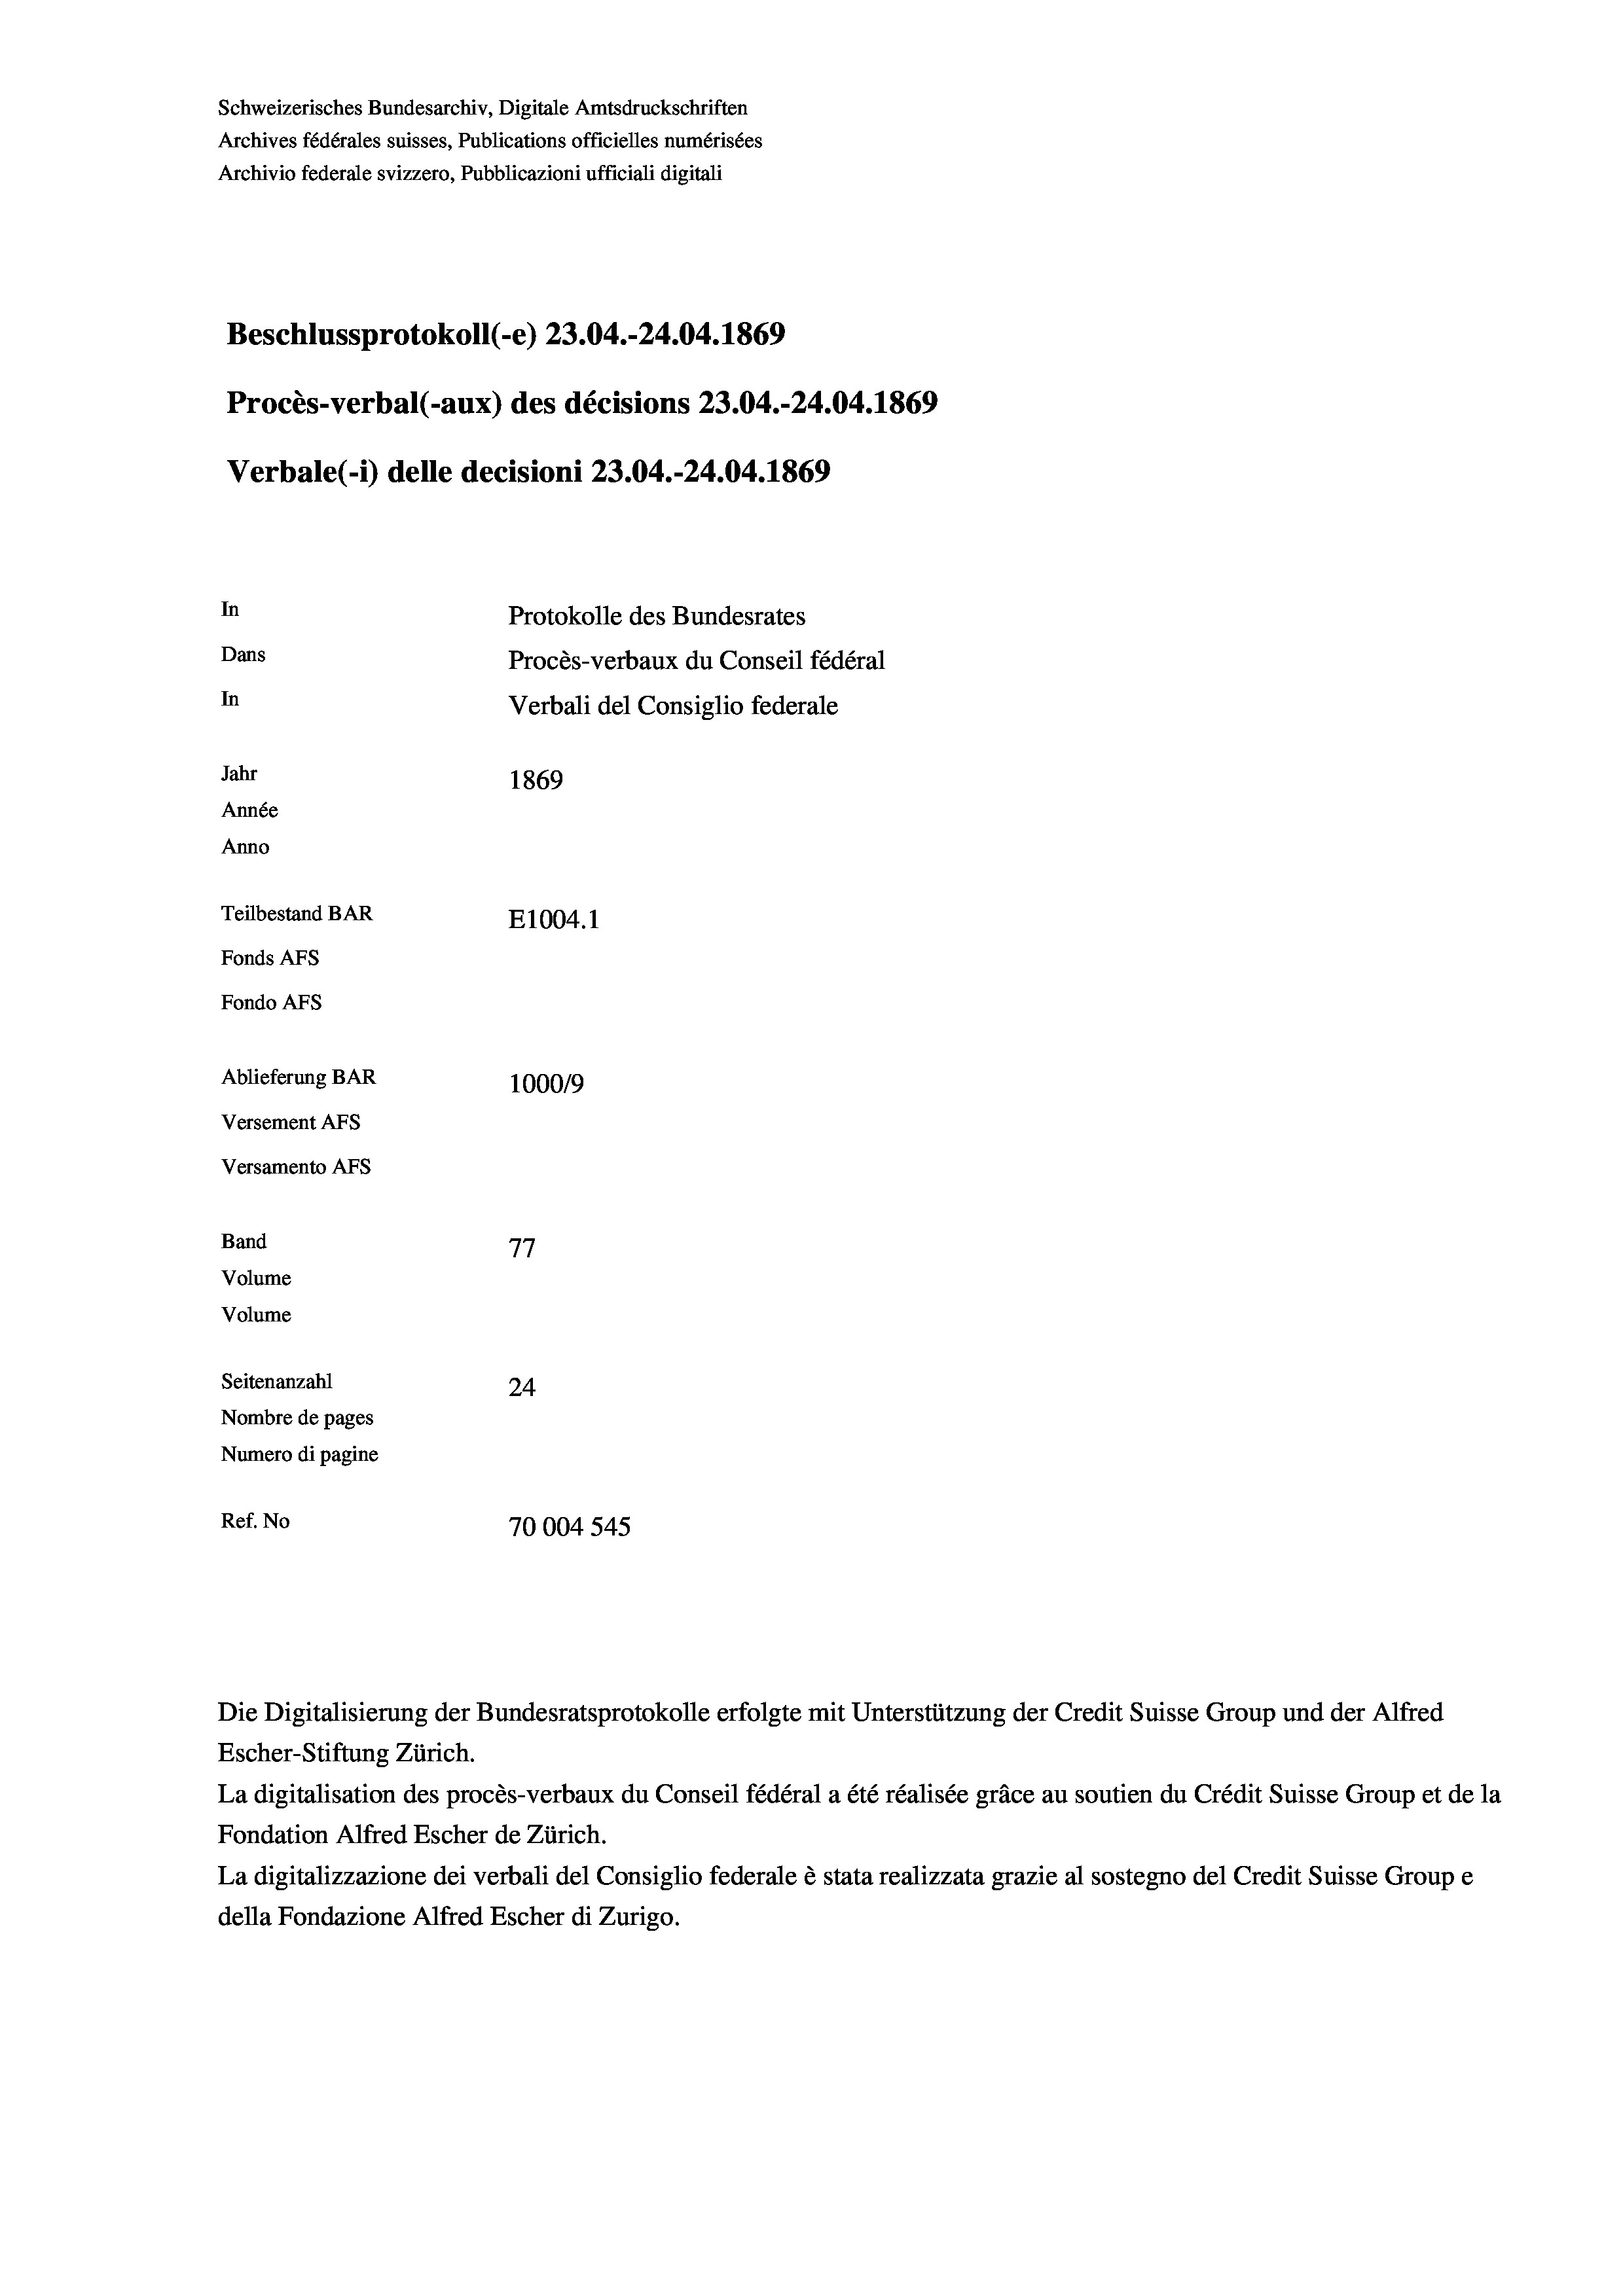
Schweizerisches Bundesarchiv, Digitale Amtsdruckschriften
Archives fédérales suisses, Publications officielles numérisées
Archivio federale svizzero, Pubblicazioni ufficiali digitali
Beschlussprotokoll (-e) 23.04.-24.04. 1869
Procès-verbal (-aux) des décisions 23.04.-24.04. 1869
Verbale (-*) delle decisioni 23.04.-24.04. 1869
In
Protokolle des Bundesrates
Dans
Procès-verbaux du Conseil fédéral
In
Verbali del Consiglio federale
Jahr
1869
Année
Anno
Teilbestand BAR
E1004. 1
Fonds AFs
Fondo Afs
Ablieferung BAR
100019
Versement AFs
Versamento Afs
Band
77
Volume
Volume
Seitenanzahl
24
Nombre de pages
Numero di pagine
Ref. No
70004 545

La digitalisation des procès-verbaux du Conseil fédéral a été réalisée gräce au soutien du Crédit Suisse Group et de la
Fondation Alfred Escher de Zürich.
La digitalizzazione dei verbali del Consiglio federale è stata realizzata grazie al sostegno del Credit Suisse Groupe
della Fondazione Alfred Escher di Zurigo.

Die Digitalisierung der Bundesratsprotokolle erfolgte mit Unterstützung der Credit Suisse Group und der Alfred
Escher-Stiftung Zürich.